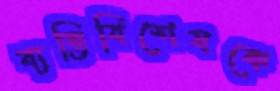
ব্যক্তিবিশেষকে